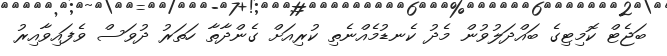
ބަޖެޓް ކޮމިޓިގެ ބައްދަލުވުން މެދު ކެނޑުމެއްނެތި ކުރިއަށް ގެންދާތާ ހަތަރު ދުވަސް ވެފައިވާއިރު